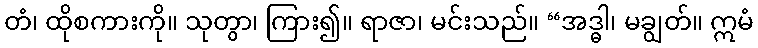
တံ၊ ထိုစကားကို။ သုတွာ၊ ကြား၍။ ရာဇာ၊ မင်းသည်။ “အဒ္ဓါ၊ မချွတ်။ ဣမံ